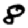
Digit: 8